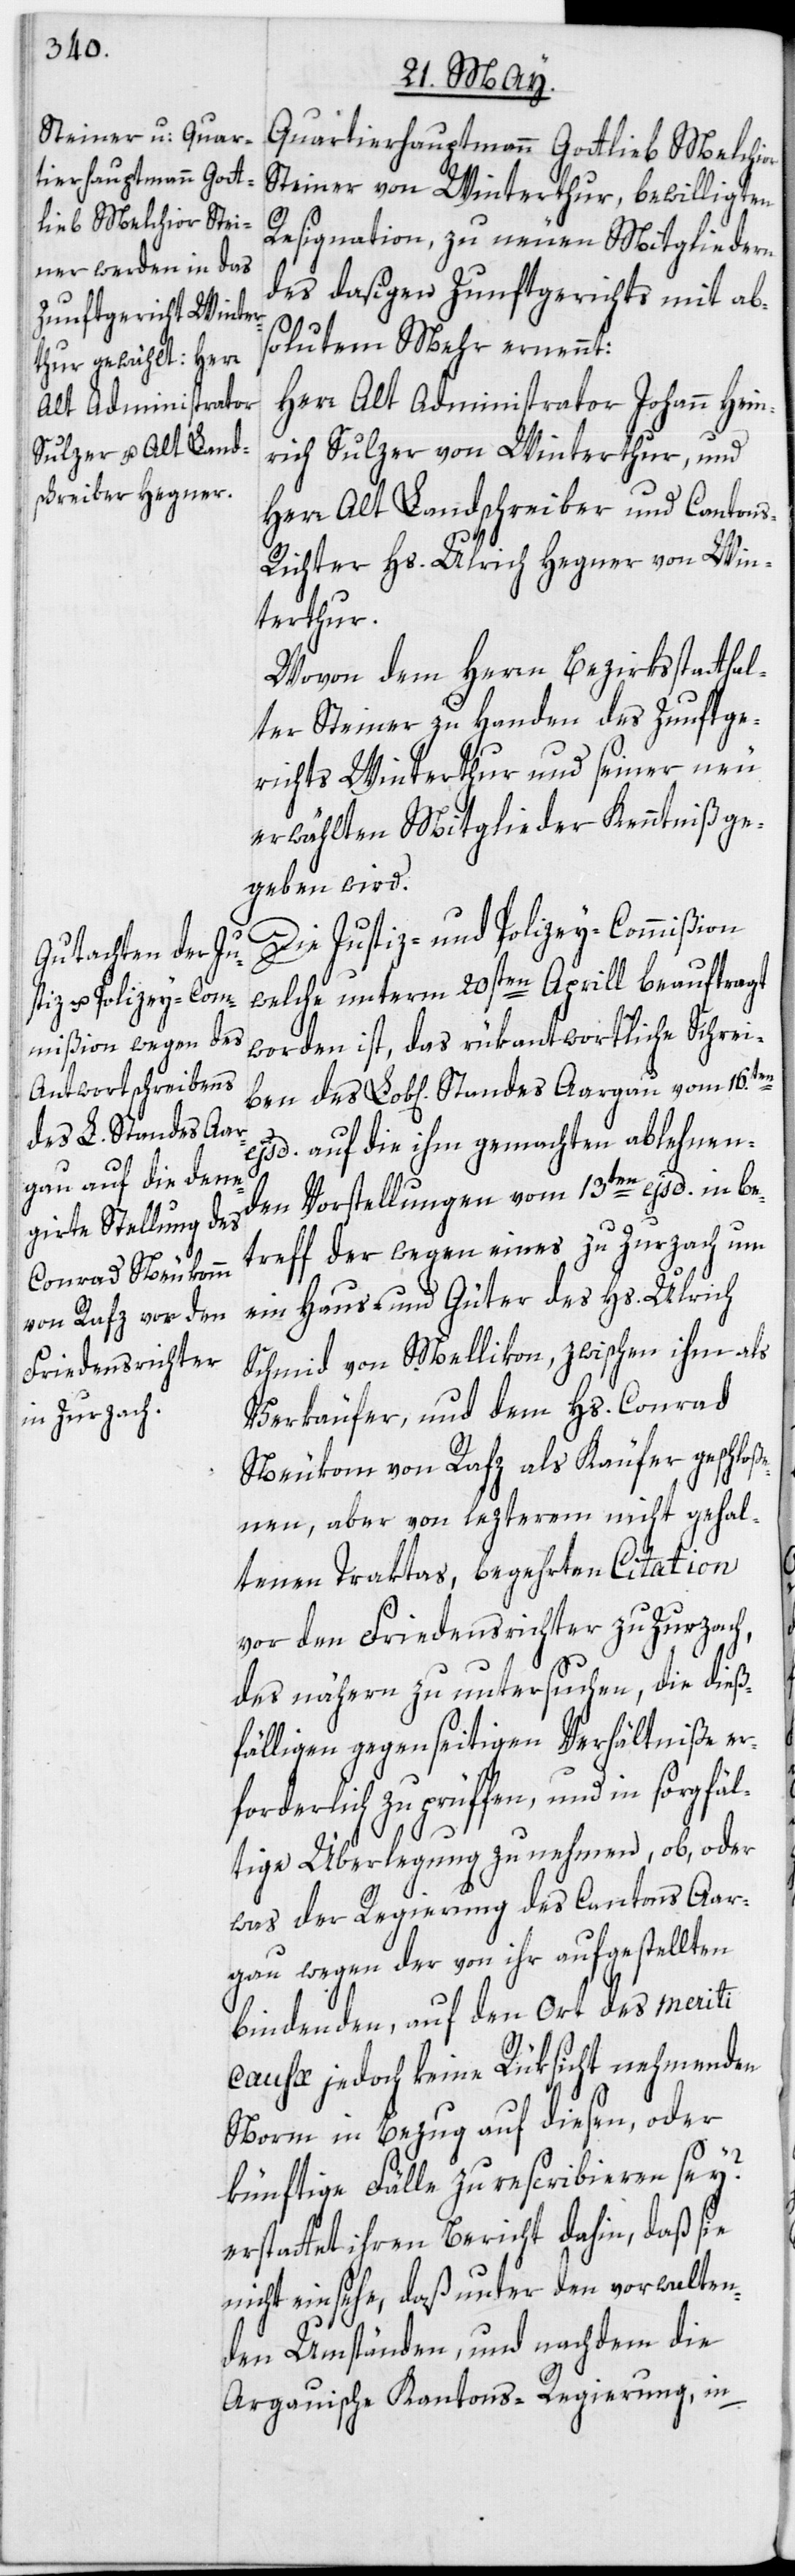
ben

Quartierhauptmann Gottlieb Melchi¬
Steiner von Winterthur, bewilligten
Resignation, zu neuen Mitgliedern
des dasigen Zunftgerichts mit ab¬
solutem Mehr ernennt:
Herr Alt Administrator Johann Hein¬
rich Sulzer von Winterthur, und
Herr Alt Landschreiber und Canton¬
s-Richter Hs. Ulrich Hegner von Win¬
terthur.
Wovon dem Herrn Bezirksstatthal¬
ter Steiner zu Handen des Zunftge¬
richts Winterthur und seiner neu
erwählten Mitglieder Kenntniß ge¬
geben wird.
Die Justiz- und Polizey-Commißion
welche unterm 20sten Aprill beauftragt
worden ist, das rükantwortliche Schrei¬
ejsd. auf die ihm gemachten ablehnen¬
den Vorstellungen vom 13ten ejsd. in be¬
treff der wegen eines zu Zurzach um
ein Haus und Güter des Hs. Ulrich
Schmid von Mellikon, zwischen ihm als
Verkäufer, und dem Hs. Conrad
[sic!] von Rafz als Käufer geschloß¬
enen, aber von lezterem nicht gehal¬
tenen Trakta[t]s, begehrten Citation
vor den Friedensrichter zu Zurzach,
des nähern zu untersuchen, die dieß¬
fälligen gegenseitigen Verhältniße er¬
forderlich zu prüffen, und in sorgfäl¬
tige Überlegung zu nehmen, ob, oder
was der Regierung des Cantons Aar¬
gau wegen der von ihr aufgestellten
bindenden, auf den Ort des meriti
causæ jedoch keine Rüksicht nehmenden
Norm in Bezug auf diesen, oder
künftige Fälle zu rescribieren sei?
erstattet ihren Bericht dahin, daß sie
nicht einsehe, daß unter den vorwalten¬
den Umständen, und nachdem die
Argauische Kantons-Regierung, in